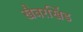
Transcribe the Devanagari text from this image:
खैबरखिंड